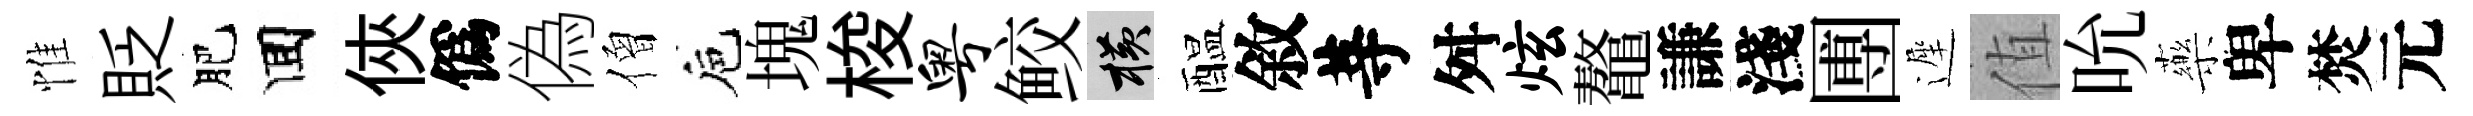
惟貶肥囬俠僞偽僧巵塊梭粤鲛横醖敘䓁舛炫鼇謙淺圑遲值吮藥卑焚元